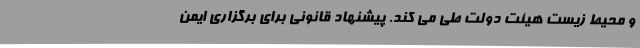
و محیط زیست هیئت دولت طی می کند. پیشنهاد قانونی برای برگزاری ایمن